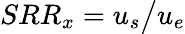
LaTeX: SRR_{x}=u_{s}\big/u_{e}